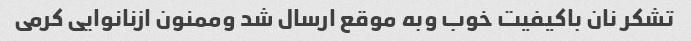
تشکر نان باکیفیت خوب وبه موقع ارسال شد وممنون ازنانوایی کرمی